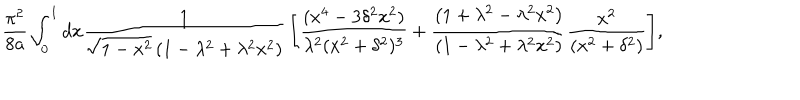
{ \frac { \pi ^ { 2 } } { 8 a } } \int _ { 0 } ^ { 1 } { d x { \frac { 1 } { \sqrt { 1 - x ^ { 2 } } \left( 1 - \lambda ^ { 2 } + \lambda ^ { 2 } x ^ { 2 } \right) } } \left[ { \frac { ( x ^ { 4 } - 3 \delta ^ { 2 } x ^ { 2 } ) } { \lambda ^ { 2 } ( x ^ { 2 } + \delta ^ { 2 } ) ^ { 3 } } } + { \frac { \left( 1 + \lambda ^ { 2 } - \lambda ^ { 2 } x ^ { 2 } \right) } { \left( 1 - \lambda ^ { 2 } + \lambda ^ { 2 } x ^ { 2 } \right) } } { \frac { x ^ { 2 } } { ( x ^ { 2 } + \delta ^ { 2 } ) } } \right] } ,